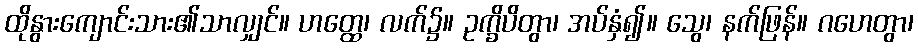
ထိုနွားကျောင်းသား၏သာလျှင်။ ဟတ္ထေ၊ လက်၌။ ဥက္ခိပိတွာ၊ အပ်နှံ၍။ သွေ၊ နက်ဖြန်။ ဂဟေတွာ၊